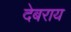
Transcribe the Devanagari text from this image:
देबराय